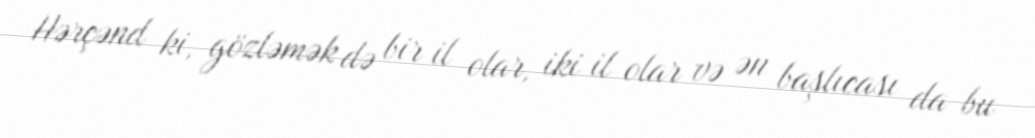
Hərçənd ki, gözləmək də bir il olar, iki il olar və ən başlıcası da bu